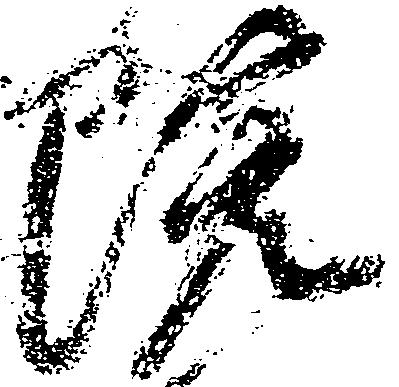
院